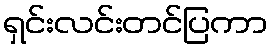
ရှင်းလင်းတင်ပြကာ